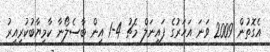
އެގޮތުން 2009 ވަނަ އަހަރުގެ ފައިނަލް މެޗު 4-1 އިން ބާސެލޯނާ ކާމިޔާބުކުރިއިރު